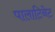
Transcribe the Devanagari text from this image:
पालाटिनेट